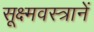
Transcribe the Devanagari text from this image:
सूक्ष्मवस्त्रानें